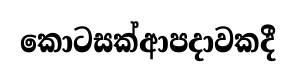
කොටසක්ආපදාවකදී